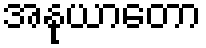
အနုယာတော